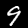
Label: 9